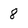
Character: 8